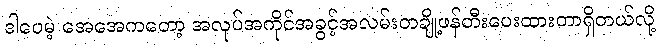
ဒါပေမဲ့ အေအေကတော့ အလုပ်အကိုင်အခွင့်အလမ်းတချို့ဖန်တီးပေးထားတာရှိတယ်လို့